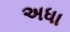
અધા